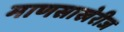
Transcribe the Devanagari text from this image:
माणसाखेरीज